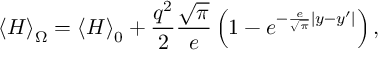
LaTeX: \left\langle H \right\rangle _ { \Omega } = \left\langle H \right\rangle _ { 0 } + \frac { { q ^ { 2 } } } { 2 } \frac { { \sqrt \pi } } { e } \left( { 1 - e ^ { - \frac { e } { { \sqrt \pi } } | y - y ^ { \prime } | } } \right) ,